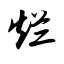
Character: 烂